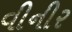
વીનીર